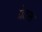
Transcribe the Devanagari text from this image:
ग्रेटस